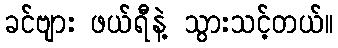
ခင်ဗျား ဖယ်ရီနဲ့ သွားသင့်တယ်။